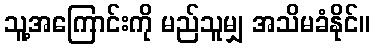
သူ့အကြောင်းကို မည်သူမျှ အသိမခံနိုင်။